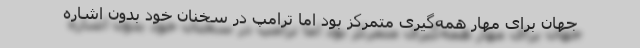
جهان برای مهار همه‌گیری متمرکز بود اما ترامپ در سخنان خود بدون اشاره